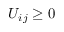
U _ { i j } \geq 0